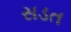
સડત